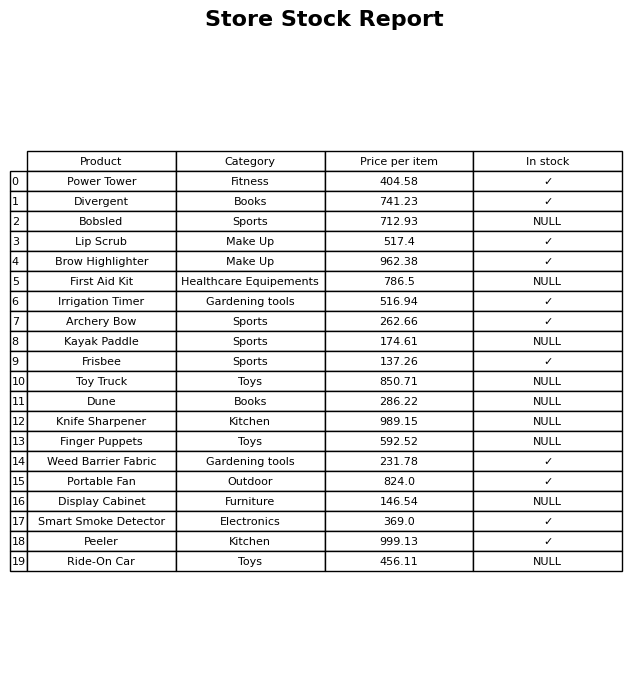
question: What is the price for Irrigation Timer?
answer: The price of Irrigation Timer is 516.94.